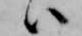
ハ